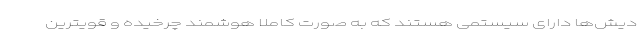
دیش‌ها دارای سیستمی هستند که به صورت کاملا ًهوشمند چرخیده و قویترین